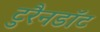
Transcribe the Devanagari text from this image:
टुरैनडॉट